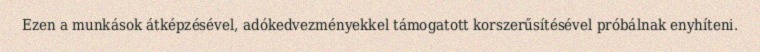
Ezen a munkások átképzésével, adókedvezményekkel támogatott korszerűsítésével próbálnak enyhíteni.